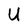
Character: U